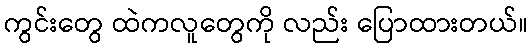
ကွင်းတွေ ထဲကလူတွေကို လည်း ပြောထားတယ်။